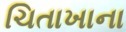
ચિતાખાના